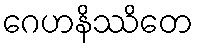
ဂေဟနိဿိတေ